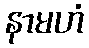
နာမဟံ